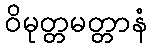
ဝိမုတ္တမတ္တာနံ